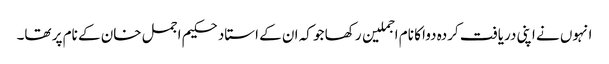
انہوں نے اپنی دریافت کردہ دوا کا نام اجملین رکھا جو کہ ان کے استاد حکیم اجمل خان کے نام پر تھا۔